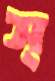
স্